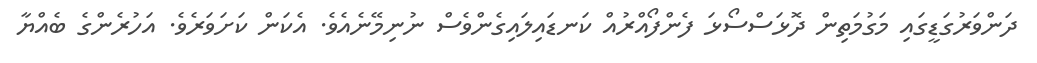
ދަންވަރުގަޑީގައި މަގުމަތިން ދޮޅަސްސޯޅަ ފެންފޯއްރުއް ކަނޑައިލައިގެންވެސް ނުނިމޭނެއެވެ. އެކަން ކަށަވަރެވެ. އަހުރެންގެ ބެއްޔާ